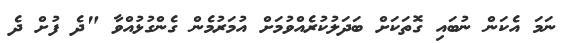
ނަމަ އެކަން ނުބައި ގޮތަކަށް ބަދަލުކުރެއްވުމަށް އުމަރުމެން ގެންގުޅުއްވާ "ދެ ފުށް ދެ